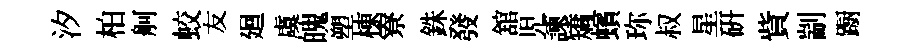
汐柏舸蛟友廻虞魄塑棟寮銖發舘児諫矯蠙珎叔星硏貲剬蹰